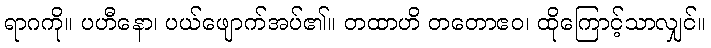
ရာဂကို။ ပဟီနော၊ ပယ်ဖျောက်အပ်၏။ တထာဟိ တတောဧဝ၊ ထိုကြောင့်သာလျှင်။